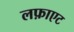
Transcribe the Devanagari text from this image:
लफ़ाएट